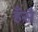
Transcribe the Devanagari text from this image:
हँसै